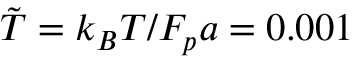
\tilde { T } = k _ { B } T / F _ { p } a = 0 . 0 0 1